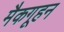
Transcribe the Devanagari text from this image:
मैकगूहन